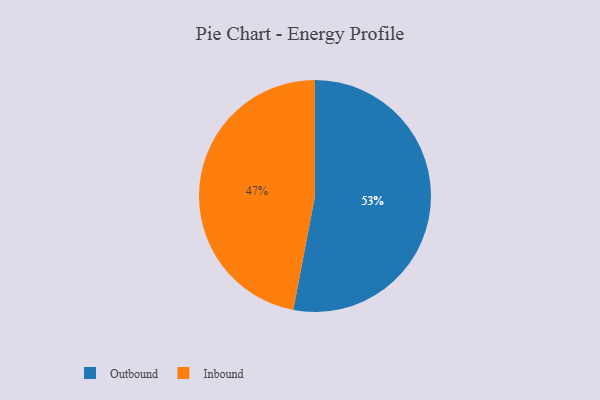
{"axis": {"x": "Category", "y": "Percentage"}, "legend": ["Inbound", "Outbound"], "data": [{"x": "Inbound", "y": 47, "type": "Inbound"}, {"x": "Outbound", "y": 53, "type": "Outbound"}]}